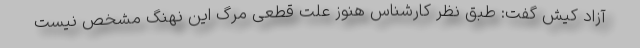
آزاد کیش گفت: طبق نظر کارشناس هنوز علت قطعی مرگ این نهنگ مشخص نیست